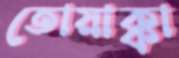
তোয়াক্কা